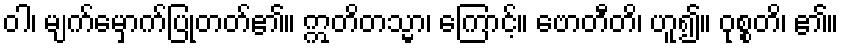
ဝါ၊ မျက်မှောက်ပြုတတ်၏။ ဣတိတသ္မာ၊ ကြောင့်။ ဗောတီတိ၊ ဟူ၍။ ဝုစ္စတိ၊ ၏။